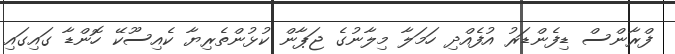
ފްރާންސް ޑިފެންޑަރު އުފެއްދި ހަމަލާ މިލާނުގެ ޖަޕާން ކުޅުންތެރިޔާ ކެއިސޫކޭ ހޮންޑާ ގައިގައި